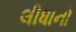
લીધાનો